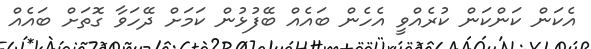
އެކަން ކަންކަން ކުރެއްވީ އެހެން ބައެއް ބޭފުޅުން ކަމަށް ދޭހަވާ ގޮތަށް ބައެއް